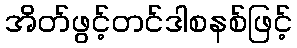
အိတ်ဖွင့်တင်ဒါစနစ်ဖြင့်